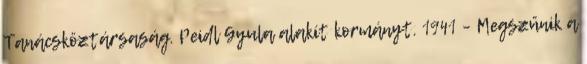
Tanácsköztársaság. Peidl Gyula alakít kormányt. 1941 – Megszűnik a